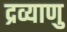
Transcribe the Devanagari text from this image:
द्रव्याणु